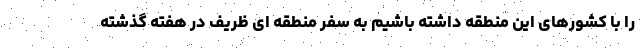
را با کشورهای این منطقه داشته باشیم به سفر منطقه ای ظریف در هفته گذشته